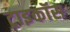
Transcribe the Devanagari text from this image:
ट्राइकॉस